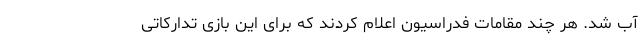
آب شد. هر چند مقامات فدراسیون اعلام کردند که برای این بازی تدارکاتی